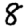
Digit: 8